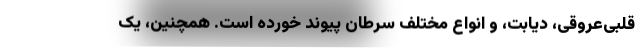
قلبی‌عروقی، دیابت، و انواع مختلف سرطان پیوند خورده است. همچنین، یک